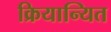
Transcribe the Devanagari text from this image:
क्रियान्यित